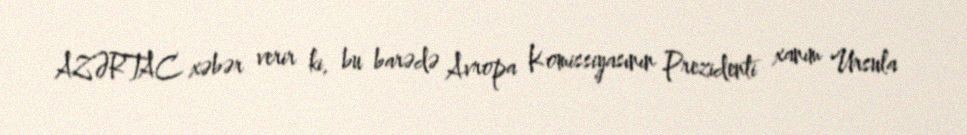
AZƏRTAC xəbər verir ki, bu barədə Avropa Komissiyasının Prezidenti xanım Ursula